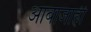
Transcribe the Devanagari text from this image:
आबाजाही